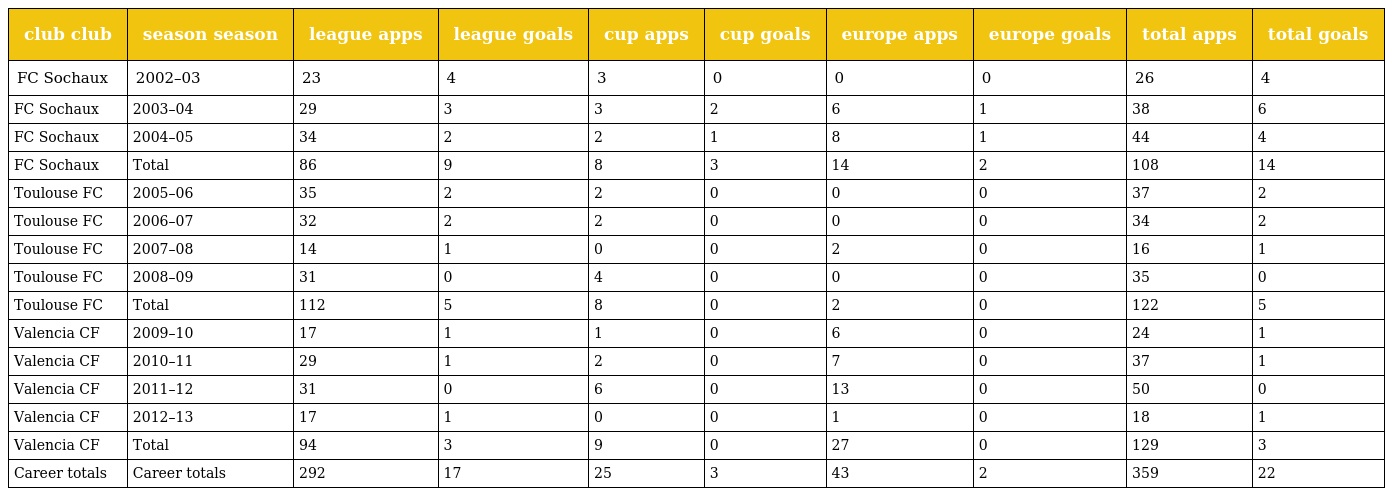
| club club | season season | league apps | league goals | cup apps | cup goals | europe apps | europe goals | total apps | total goals |
 | --- | --- | --- | --- | --- | --- | --- | --- | --- | --- |
 | FC Sochaux | 2002–03 | 23 | 4 | 3 | 0 | 0 | 0 | 26 | 4 |
 | FC Sochaux | 2003–04 | 29 | 3 | 3 | 2 | 6 | 1 | 38 | 6 |
 | FC Sochaux | 2004–05 | 34 | 2 | 2 | 1 | 8 | 1 | 44 | 4 |
 | FC Sochaux | Total | 86 | 9 | 8 | 3 | 14 | 2 | 108 | 14 |
 | Toulouse FC | 2005–06 | 35 | 2 | 2 | 0 | 0 | 0 | 37 | 2 |
 | Toulouse FC | 2006–07 | 32 | 2 | 2 | 0 | 0 | 0 | 34 | 2 |
 | Toulouse FC | 2007–08 | 14 | 1 | 0 | 0 | 2 | 0 | 16 | 1 |
 | Toulouse FC | 2008–09 | 31 | 0 | 4 | 0 | 0 | 0 | 35 | 0 |
 | Toulouse FC | Total | 112 | 5 | 8 | 0 | 2 | 0 | 122 | 5 |
 | Valencia CF | 2009–10 | 17 | 1 | 1 | 0 | 6 | 0 | 24 | 1 |
 | Valencia CF | 2010–11 | 29 | 1 | 2 | 0 | 7 | 0 | 37 | 1 |
 | Valencia CF | 2011–12 | 31 | 0 | 6 | 0 | 13 | 0 | 50 | 0 |
 | Valencia CF | 2012–13 | 17 | 1 | 0 | 0 | 1 | 0 | 18 | 1 |
 | Valencia CF | Total | 94 | 3 | 9 | 0 | 27 | 0 | 129 | 3 |
 | Career totals | Career totals | 292 | 17 | 25 | 3 | 43 | 2 | 359 | 22 |